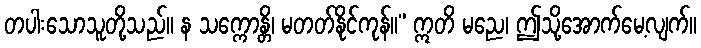
တပါးသောသူတို့သည်။ န သက္ကောန္တိ၊ မတတ်နိုင်ကုန်။” ဣတိ မညေ၊ ဤသို့အောက်မေ့လျက်။